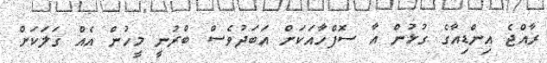
ރާއްޖެ އިންޑިއާގެ ގުޅުން އާ ސޮފްހާއަކަށް އަބަދުވެސް ބްރުނީ މީހުން އެއް ގަލަކަށް